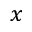
x